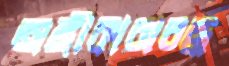
অঙ্গীকারাবব্ধ